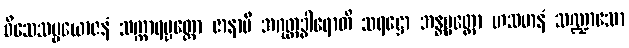
ဝိသေသပ္ပယောဇနံ သက္ကာရပ္ပတ္တော ဇာနာမိ အဂုတ္တဒွါရောတိ သရဋ္ဌော အန္တပ္ပတ္တော ဟသမာနံ သဏ္ဍာသော